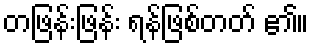
တဖြန်းဖြန်း ရန်ဖြစ်တတ် ၏။